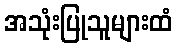
အသုံးပြုသူများထံ